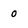
Character: 0